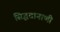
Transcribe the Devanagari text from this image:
सिद्धतानाणी